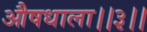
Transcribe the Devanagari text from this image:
औषधाला।।३।।